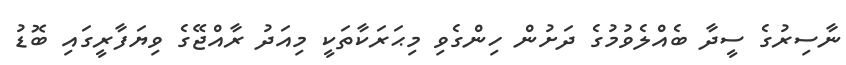
ނާސިރުގެ ސީދާ ބެއްލެވުމުގެ ދަށުން ހިންގެވި މިޙަރަކާތަކީ މިއަދު ރާއްޖޭގެ ވިޔަފާރީގައި ބޮޑު